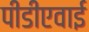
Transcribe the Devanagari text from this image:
पीडीएवाई